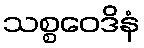
သစ္စဝေဒိနံ